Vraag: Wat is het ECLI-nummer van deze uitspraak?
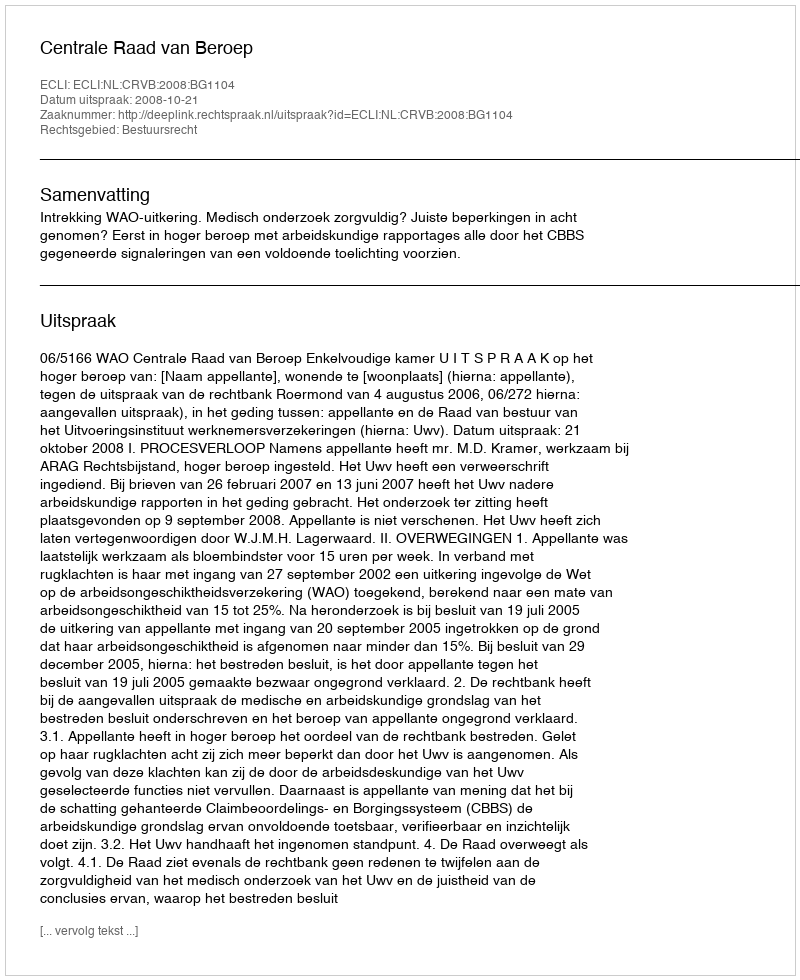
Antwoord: ECLI:NL:CRVB:2008:BG1104